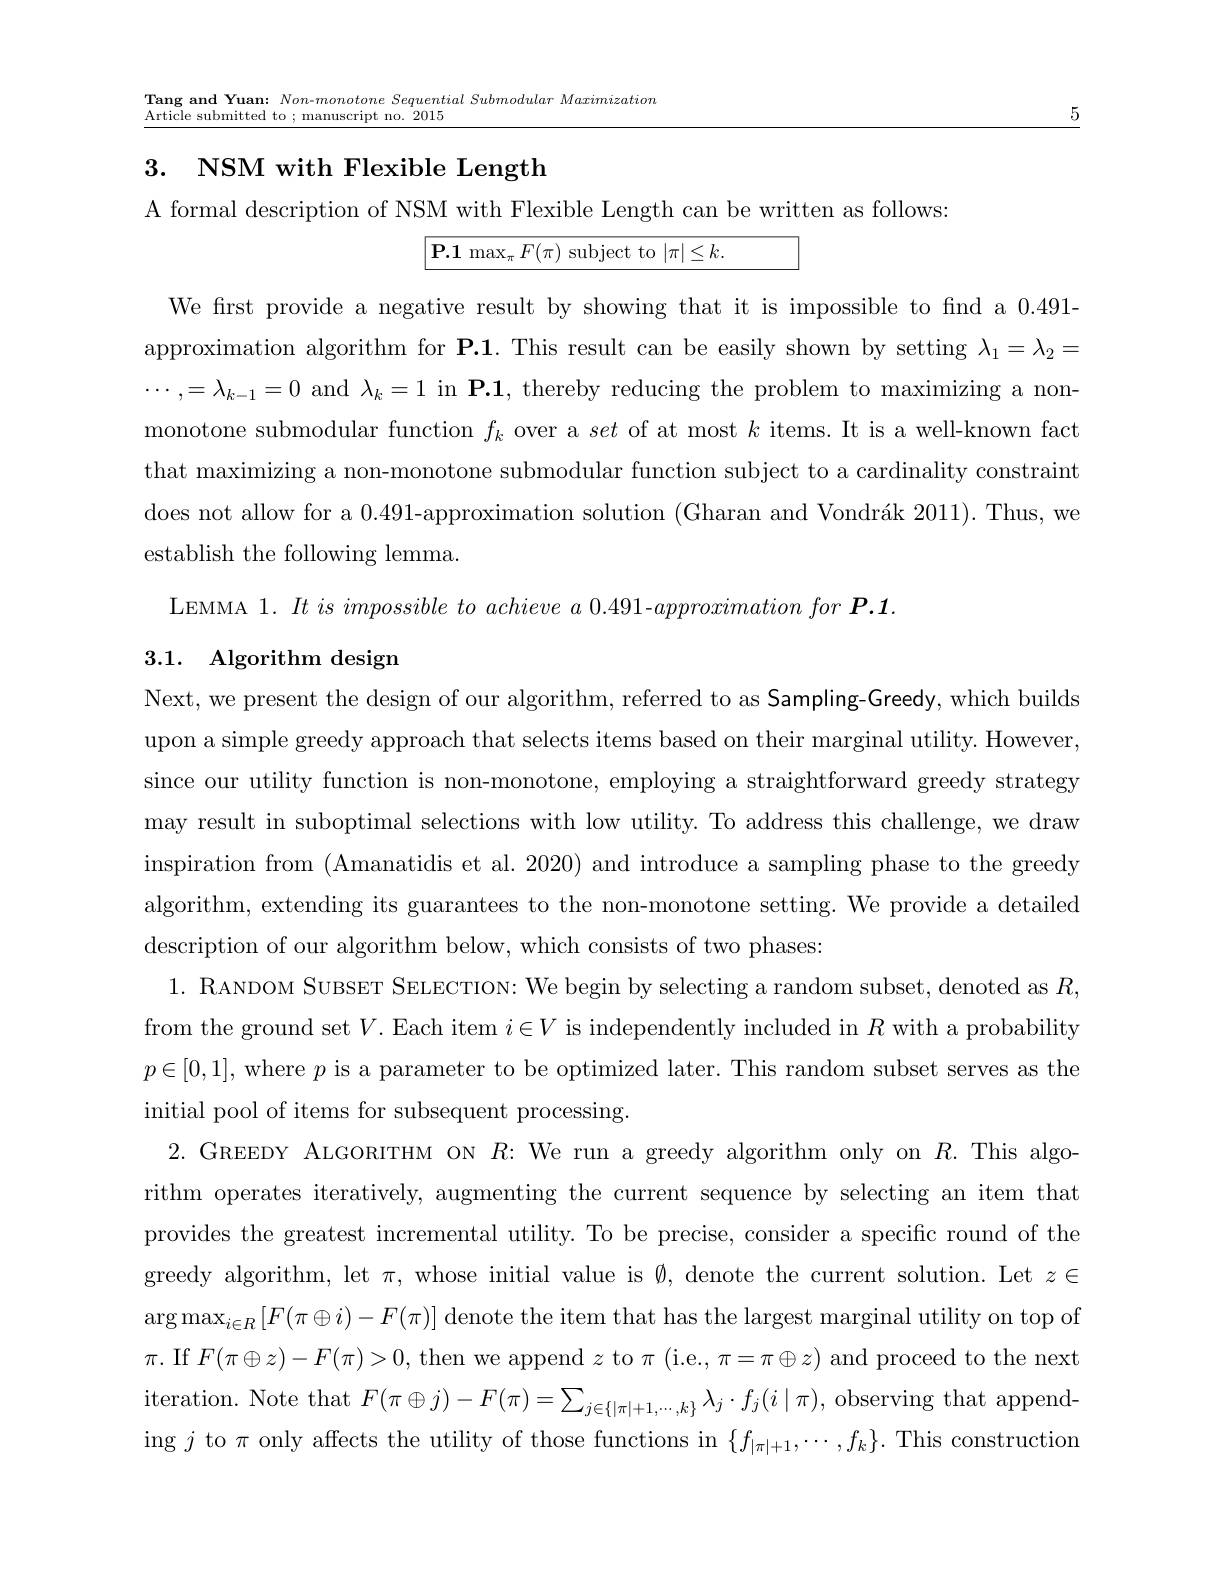
$\begin{array}{l}{\mathrm{Tang~and~Yuan:~Non-monotone~Sequential~Submodular~Maximization}}\\{\mathrm{Avtiolo~cubmittod~to~;~monucorint~no~2015}}\end{array}$
Article submitted to ; manuscript no. 2015

3. NSM with Flexible Length

A formal description of NSM with Flexible Length can be written as follows:

$\mathbf{P.1}\max_{\pi}F(\pi)$ subject to $|\pi|\leq k.$

We frst provide a negative result by showing that it is impossible to find a 0.491- approximation algorithm for P.1. This result can be easily shown by setting $\lambda_1=\lambda_2=$ $\cdots,=\lambda_{k-1}=0$ and $\lambda_k=1$ in $\mathbf{P.1}$, thereby reducing the problem to maximizing a nonmonotone submodular function $f_k$ over a set of at most $k$ items.It is a well-known fact that maximizing a non-monotone submodular function subject to a cardinality constraint does not allow for a 0.491-approximation solution (Gharan and Vondrák 2011). Thus, we establish the following lemma.
LEMMA 1. $Itisimpossible\textit{to achieve a 0. 491- }approximationfor\boldsymbol{P. 1}$

# 3.1. Algorithm design

Next, we present the design of our algorithm, referred to as Sampling-Greedy, which builds upon a simple greedy approach that selects items based on their marginal utility. However, since our utility function is non-monotone, employing a straightforward greedy strategy may result in suboptimal selections with low utility. To address this challenge, we draw inspiration from (Amanatidis et al. 2020) and introduce a sampling phase to the greedy algorithm, extending its guarantees to the non-monotone setting. We provide a detailed description of our algorithm below, which consists of two phases:
1. RANDOM SUBSET SELECTION: We begin by selecting a random subset, denoted as $R$, from the ground set $V.$ Each item $i\in V$ is independently included in $R$ with a probability $p\in[0,1]$, where $p$ is a parameter to be optimized later. This random subset serves as the initial pool of items for subsequent processing
2. GREEDY ALGORITHM ON $R:$ We run a greedy algorithm only on $R.$ This algorithm operates iteratively, augmenting the current sequence by selecting an item that provides the greatest incremental utility. To be precise, consider a specific round of the greedy algorithm, let $\pi$, whose initial value is $\emptyset$, denote the current solution. Let $z\in$ $\arg\max_{i\in R}[F(\pi\oplus i)-F(\pi)]$ denote the item that has the largest marginal utility on top of $\pi.$ If $F(\pi\oplus z)-F(\pi)>0$, then we append $z$ to $\pi$ (i.e., $\pi=\pi\oplus z)$ and proceed to the next iteration. Note that $F(\pi\oplus j)-F(\pi)=\sum_{j\in\{|\pi|+1,\cdots,k\}}\lambda_j\cdot f_j(i\mid\pi)$, observing that appending $j$ to $\pi$ only affects the utility of those functions in $\{f_{|\pi|+1},\cdots,f_k\}.$ This construction